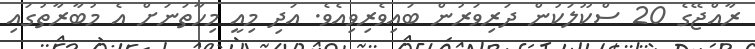
ރާއްޖޭގެ 20 ސްކޫލަކުން ދަރިވަރުން ބައިވެރިވިއެވެ. އަދި މިއީ މިހާތަނަށް އެ މުބާރާތުގައި